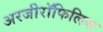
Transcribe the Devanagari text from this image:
अरजीरॉफिलिक